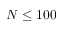
N \leq 1 0 0